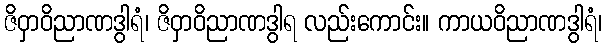
ဇိဝှာဝိညာဏဒွါရံ၊ ဇိဝှာဝိညာဏဒွါရ လည်းကောင်း။ ကာယဝိညာဏဒွါရံ၊